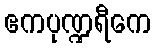
ဧကပုဏ္ဍရီကေ